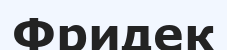
Фридек